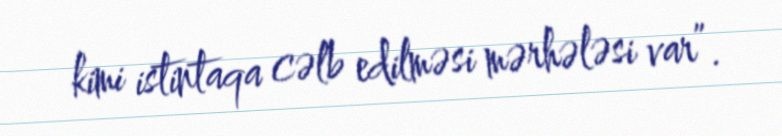
kimi istintaqa cəlb edilməsi mərhələsi var”.